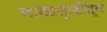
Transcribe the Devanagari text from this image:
नाट्यसृष्टीतून